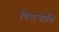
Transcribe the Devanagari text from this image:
वित्तनीति